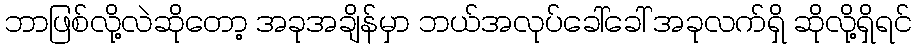
ဘာဖြစ်လို့လဲဆိုတော့ အခုအချိန်မှာ ဘယ်အလုပ်ခေါ်ခေါ် အခုလက်ရှိ ဆိုလို့ရှိရင်